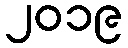
၂၀၁၉